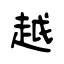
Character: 越